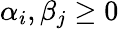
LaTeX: \alpha_{i},\beta_{j}\geq 0